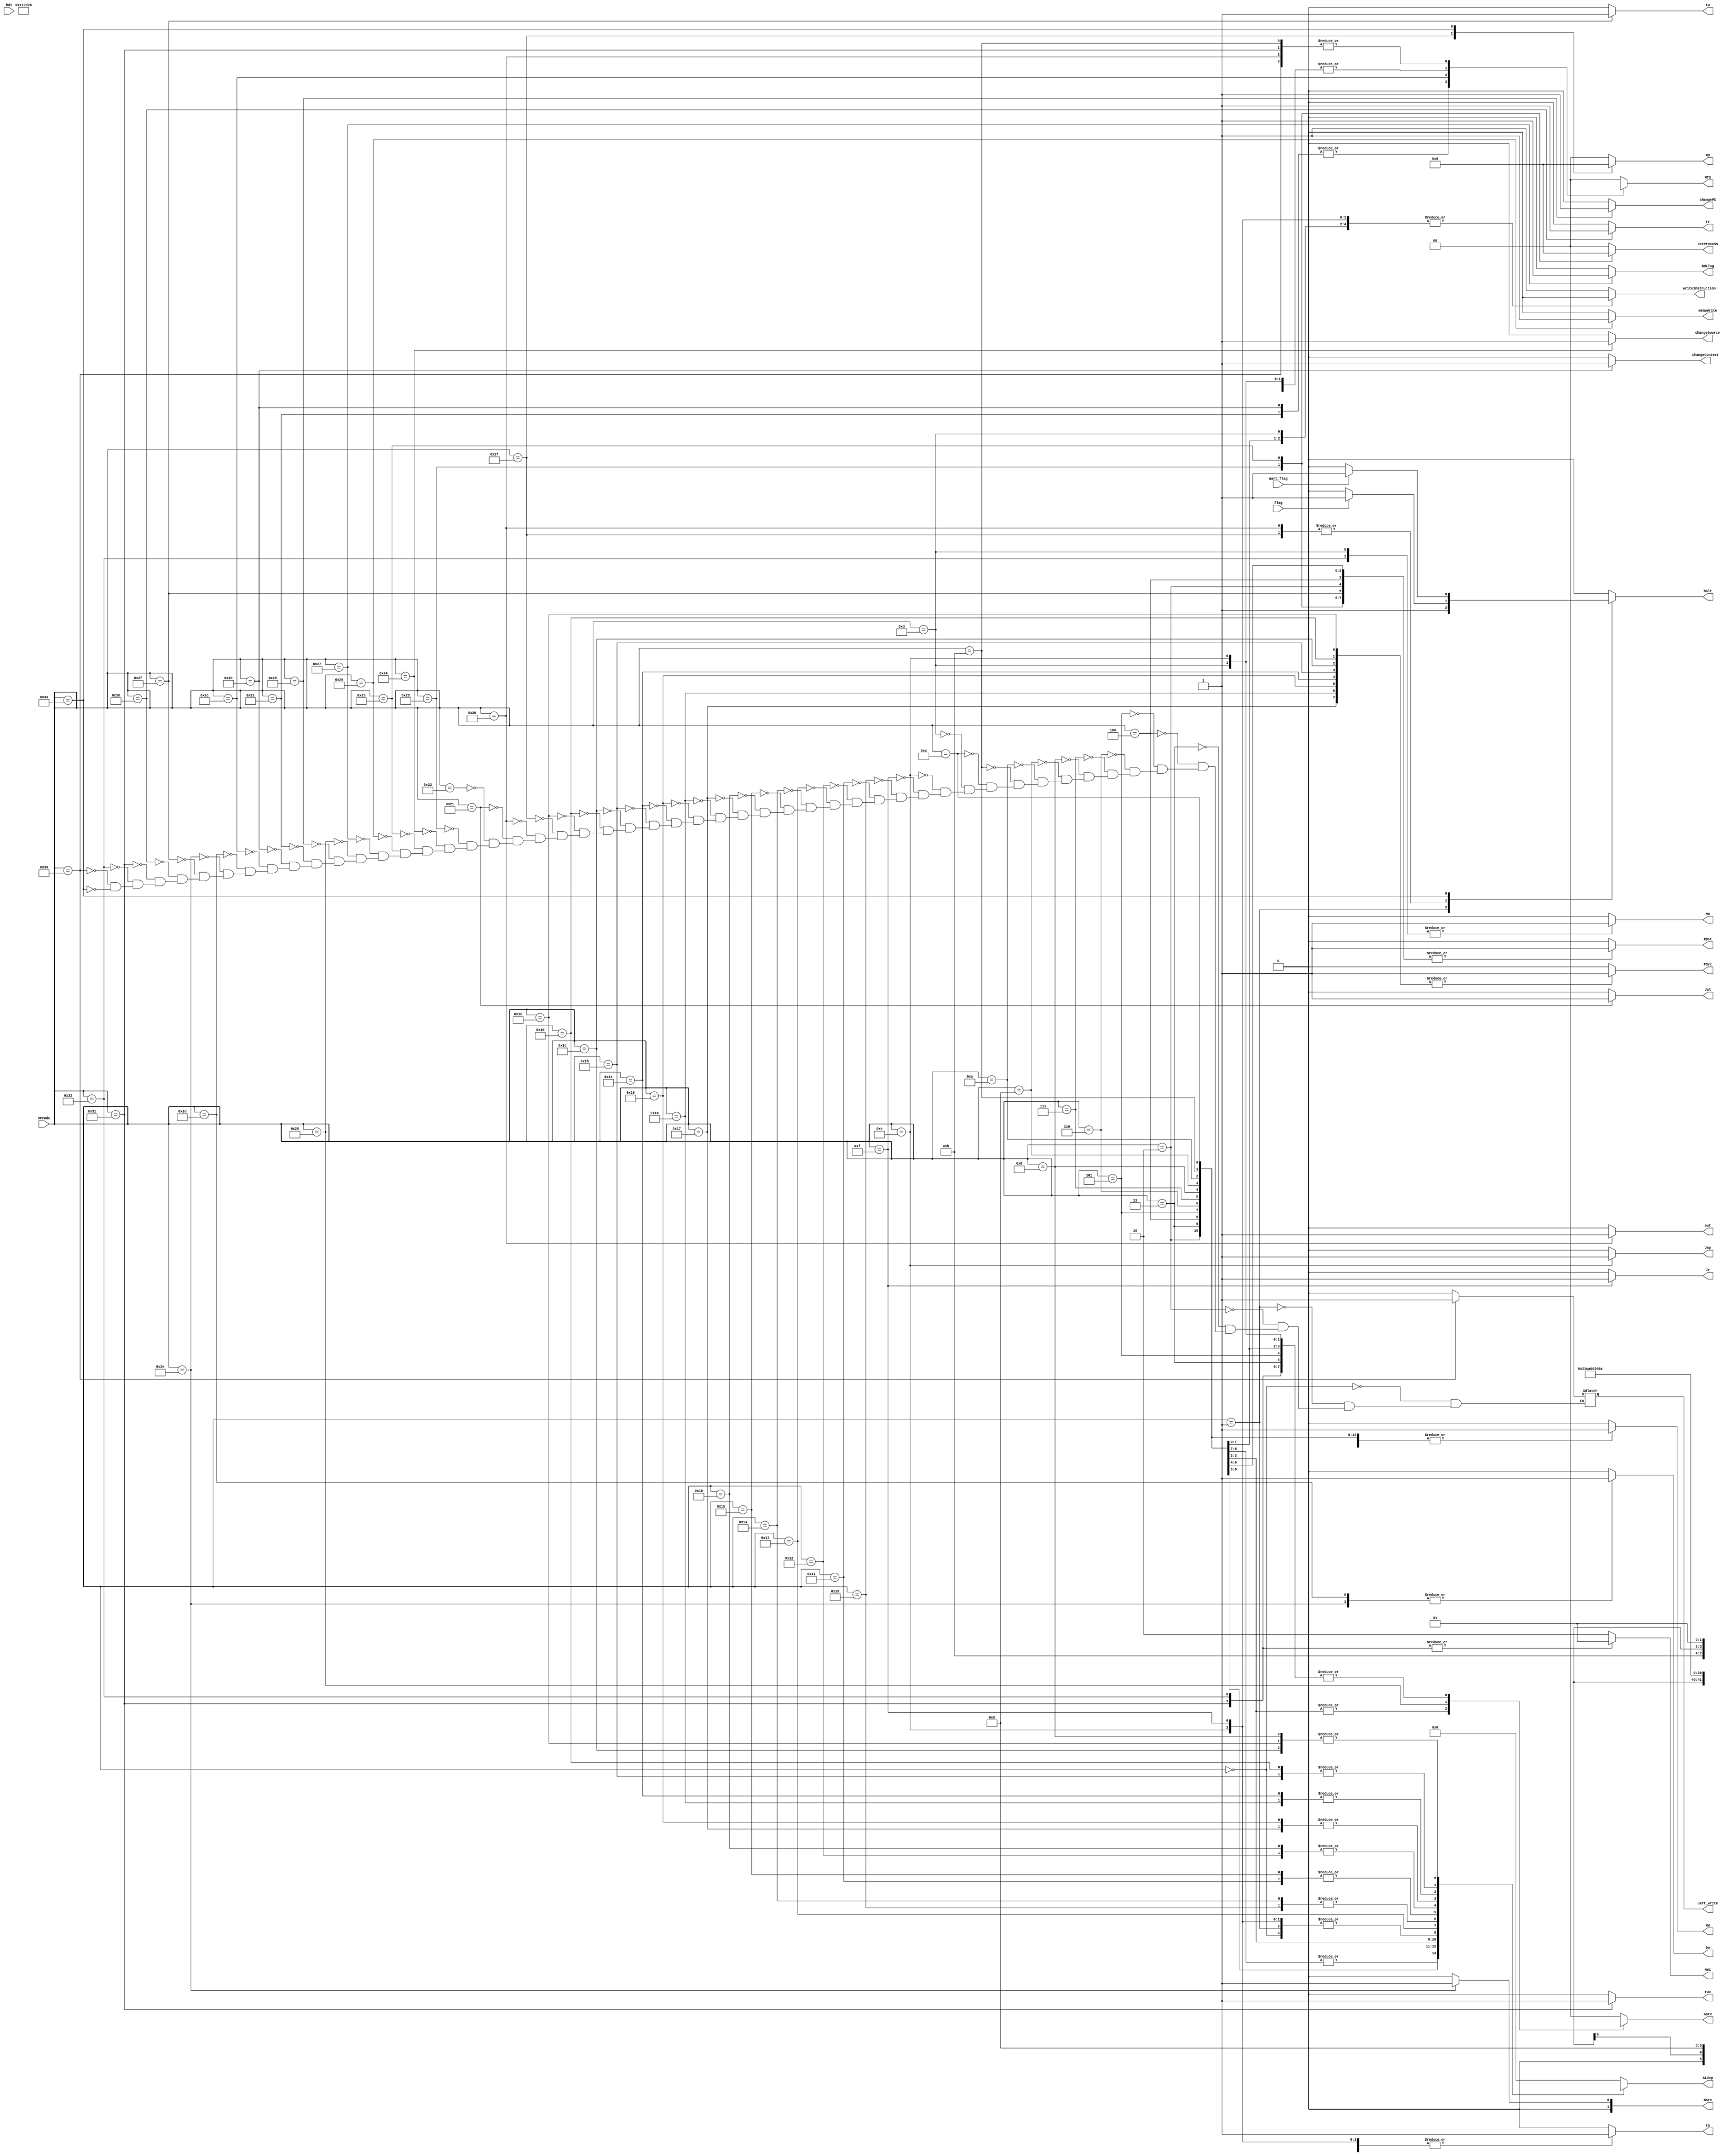
module ControladorHumano (OPcode, hdt, RW, MW, RDst, ASrc, MTG, PSrc, Jmp, Jr, ALUop, halt, flag, out, MO, Jal, hdFlag, writeInstruction, setProcess, menuWrite, changeSource, changePC, changeContext, bw, BSrc, tw, tr, tb, rwc, MWC, uart_flag, uart_write);

	input [5:0] OPcode;
	input flag, hdt, uart_flag;
	output reg RW, MW, RDst, PSrc, Jmp, Jr, halt, out, Jal, hdFlag, writeInstruction, menuWrite, changeSource, changePC, changeContext, bw, tw, tr, tb, rwc, uart_write;
	output reg [1:0] ASrc, MTG, setProcess, BSrc, MWC, MO;
	output reg [4:0] ALUop;
	
	always @(*)
		begin
			case (OPcode)
					6'b000000: // nop
						begin
							RW = 1'b0;
							MW = 1'b0;
							RDst = 1'b0;
							ASrc = 2'b00;
							MTG = 2'b00;
							PSrc = 1'b0;
							Jmp = 1'b0;
							Jr = 1'b0;
                     Jal = 1'b0;
							ALUop = 5'bxxxxx;
							out = 1'b0;
							MO = 2'b00;
							writeInstruction = 1'b0;
							halt = 1'b0;
							hdFlag = 1'b0;
							changeSource = 1'b0;
							setProcess = 2'b00;
							menuWrite = 1'b0;
							changePC = 1'b0;
							changeContext = 1'b0;
							bw = 1'b0;
							BSrc = 2'b00;
							tw = 1'b0;
							tr = 1'b0;
							tb = 1'b0;
							rwc = 1'b0;
							MWC = 2'b10;
							uart_write = 1'b0;
 						end 
					6'b000001: // halt
						begin
							RW = 1'b0;
							MW = 1'b0;
							RDst = 1'b0;
							ASrc = 2'b00;
							MTG = 2'b00;
							PSrc = 1'b0;
							Jmp = 1'b0;
							Jr = 1'b0;
                     Jal = 1'b0;
							ALUop = 5'bxxxxx;
							out = 1'b0;
							MO = 2'b00;
							writeInstruction = 1'b0;
							halt = 1'b0;
							hdFlag = 1'b0;
							halt = 1'b1;
							setProcess = 2'b00;
							changeSource = 1'b0;
							menuWrite = 1'b0;
							changePC = 1'b0;
							changeContext = 1'b0;
							bw = 1'b0; 
							BSrc = 2'b00;
							tw = 1'b0;
							tr = 1'b0;
							tb = 1'b0;
							rwc = 1'b0;
							MWC = 2'b10;
							uart_write = 1'b0;
 						end 
					6'b000010: // add
						begin
							RW = 1'b1;
							MW = 1'b0;
							RDst = 1'b1;
							ASrc = 2'b00;
							MTG = 2'b00;
							PSrc = 1'b0;
							Jmp = 1'b0;
							Jr = 1'b0;
                     Jal = 1'b0;
							ALUop = 5'b00000;
							out = 1'b0;
							MO = 2'b00;
							writeInstruction = 1'b0;
							halt = 1'b0;
							hdFlag = 1'b0;
							changeSource = 1'b0;
							setProcess = 2'b00;
							menuWrite = 1'b0;
							changePC = 1'b0;
							changeContext = 1'b0;
							bw = 1'b0; 
							BSrc = 2'b00;
							tw = 1'b0;
							tr = 1'b0;
							tb = 1'b0;
							rwc = 1'b0;
							MWC = 2'b10;
							uart_write = 1'b0;
 						end
					6'b000011: // addi
						begin
							RW = 1'b1;
							MW = 1'b0;
							RDst = 1'b0;
							ASrc = 2'b01;
							MTG = 2'b00;
							PSrc = 1'b0;
							Jmp = 1'b0;
							Jr = 1'b0;
                     Jal = 1'b0;
							ALUop = 5'b00000;
							out = 1'b0;
							MO = 2'b00;
							writeInstruction = 1'b0;
							halt = 1'b0;
							hdFlag = 1'b0;
							changeSource = 1'b0;
							setProcess = 2'b00;
							menuWrite = 1'b0;
							changePC = 1'b0;
							changeContext = 1'b0;
							bw = 1'b0; 
							BSrc = 2'b00;
							tw = 1'b0;
							tr = 1'b0;
							tb = 1'b0;
							rwc = 1'b0;
							MWC = 2'b10;
							uart_write = 1'b0;
 						end
					6'b000100: // sub
						begin
							RW = 1'b1;
							MW = 1'b0;
							RDst = 1'b1;
							ASrc = 2'b00;
							MTG = 2'b00;
							PSrc = 1'b0;
							Jmp = 1'b0;
							Jr = 1'b0;
                     Jal = 1'b0;
							ALUop = 5'b00001;
							out = 1'b0;
							MO = 2'b00;
							writeInstruction = 1'b0;
							halt = 1'b0;
							hdFlag = 1'b0;
							changeSource = 1'b0;
							setProcess = 2'b00;
							menuWrite = 1'b0;
							changePC = 1'b0;
							changeContext = 1'b0;
							bw = 1'b0; 
							BSrc = 2'b00;
							tw = 1'b0;
							tr = 1'b0;
							tb = 1'b0;
							rwc = 1'b0;
							MWC = 2'b10;
							uart_write = 1'b0;
 						end
					6'b000101: // subi
						begin
							RW = 1'b1;
							MW = 1'b0;
							RDst = 1'b0;
							ASrc = 2'b01;
							MTG = 2'b00;
							PSrc = 1'b0;
							Jmp = 1'b0;
							Jr = 1'b0;
                     Jal = 1'b0;
							ALUop = 5'b00001;
							out = 1'b0;
							MO = 2'b00;
							writeInstruction = 1'b0;
							halt = 1'b0;
							hdFlag = 1'b0;
							changeSource = 1'b0;
							setProcess = 2'b00;
							menuWrite = 1'b0;
							changePC = 1'b0;
							changeContext = 1'b0;
							bw = 1'b0; 
							BSrc = 2'b00;
							tw = 1'b0;
							tr = 1'b0;
							tb = 1'b0;
							rwc = 1'b0;
							MWC = 2'b10;
							uart_write = 1'b0;
 						end
					6'b000110: // mult
						begin
							RW = 1'b1;
							MW = 1'b0;
							RDst = 1'b1;
							ASrc = 2'b00;
							MTG = 2'b00;
							PSrc = 1'b0;
							Jmp = 1'b0;
							Jr = 1'b0;
                     Jal = 1'b0;
							ALUop = 5'b00010;
							out = 1'b0;
							MO = 2'b00;
							writeInstruction = 1'b0;
							halt = 1'b0;
							hdFlag = 1'b0;
							changeSource = 1'b0;
							setProcess = 2'b00;
							menuWrite = 1'b0;
							changePC = 1'b0;
							changeContext = 1'b0;
							bw = 1'b0; 
							BSrc = 2'b00;
							tw = 1'b0;
							tr = 1'b0;
							tb = 1'b0;
							rwc = 1'b0;
							MWC = 2'b10;
							uart_write = 1'b0;
 						end
					6'b000111: // div
						begin
							RW = 1'b1;
							MW = 1'b0;
							RDst = 1'b1;
							ASrc = 2'b00;
							MTG = 2'b00;
							PSrc = 1'b0;
							Jmp = 1'b0;
							Jr = 1'b0;
                     Jal = 1'b0;
							ALUop = 5'b00011;
							out = 1'b0;
							MO = 2'b00;
							writeInstruction = 1'b0;
							halt = 1'b0;
							hdFlag = 1'b0;
							setProcess = 2'b00;
							changeSource = 1'b0;
							menuWrite = 1'b0;
							changePC = 1'b0;
							changeContext = 1'b0;
							bw = 1'b0; 
							BSrc = 2'b00;
							tw = 1'b0;
							tr = 1'b0;
							tb = 1'b0;
							rwc = 1'b0;
							MWC = 2'b10;
							uart_write = 1'b0;
 						end
					6'b001000: // slt
						begin
							RW = 1'b1;
							MW = 1'b0;
							RDst = 1'b1;
							ASrc = 2'b00;
							MTG = 2'b00;
							PSrc = 1'b0;
							Jmp = 1'b0;
							Jr = 1'b0;
                     Jal = 1'b0;
							ALUop = 5'b01010;
							out = 1'b0;
							MO = 2'b00;
							writeInstruction = 1'b0;
							halt = 1'b0;
							hdFlag = 1'b0;
							setProcess = 2'b00;
							changeSource = 1'b0;
							menuWrite = 1'b0;
							changePC = 1'b0;
							changeContext = 1'b0;
							bw = 1'b0; 
							BSrc = 2'b00;
							tw = 1'b0;
							tr = 1'b0;
							tb = 1'b0;
							rwc = 1'b0;
							MWC = 2'b10;
							uart_write = 1'b0;
						end
					6'b001001: // shr
						begin
							RW = 1'b1;
							MW = 1'b0;
							RDst = 1'b0;
							ASrc = 1'bx;
							MTG = 2'b00;
							PSrc = 1'b0;
							Jmp = 1'b0;
							Jr = 1'b0;
                     Jal = 1'b0;
							ALUop = 5'b01001;
							out = 1'b0;
							MO = 2'b00;
							writeInstruction = 1'b0;
							halt = 1'b0;
							hdFlag = 1'b0;
							setProcess = 2'b00;
 							changeSource = 1'b0;
							menuWrite = 1'b0;
							changePC = 1'b0;
							changeContext = 1'b0;
							bw = 1'b0; 
							BSrc = 2'b00;
							tw = 1'b0;
							tr = 1'b0;
							tb = 1'b0;
							rwc = 1'b0;
							MWC = 2'b10;
							uart_write = 1'b0;
						end
					6'b001010: // shl
						begin
							RW = 1'b1;
							MW = 1'b0;
							RDst = 1'b0;
							ASrc = 1'bx;
							MTG = 2'b00;
							PSrc = 1'b0;
							Jmp = 1'b0;
							Jr = 1'b0;
                     Jal = 1'b0;
							ALUop = 5'b01000;
							out = 1'b0;
							MO = 2'b00;
							writeInstruction = 1'b0;
							halt = 1'b0;
							hdFlag = 1'b0;
							setProcess = 2'b00;
 							changeSource = 1'b0;
							menuWrite = 1'b0;
							changePC = 1'b0;
							changeContext = 1'b0;
							bw = 1'b0; 
							BSrc = 2'b00;
							tw = 1'b0;
							tr = 1'b0;
							tb = 1'b0;
							rwc = 1'b0;
							MWC = 2'b10;
							uart_write = 1'b0;
						end
					6'b001011: // lw
						begin
							RW = 1'b1;
							MW = 1'b0;
							RDst = 1'b0;
							ASrc = 2'b01;
							MTG = 2'b01;
							PSrc = 1'b0;
							Jmp = 1'b0;
							Jr = 1'b0;
                     Jal = 1'b0;
							ALUop = 5'b00000;
							out = 1'b0;
							MO = 2'b00;
							writeInstruction = 1'b0;
							halt = 1'b0;
							hdFlag = 1'b0;
							setProcess = 2'b00;
 							changeSource = 1'b0;
							menuWrite = 1'b0;
							changePC = 1'b0;
							changeContext = 1'b0;
							bw = 1'b0; 
							BSrc = 2'b00;
							tw = 1'b0;
							tr = 1'b0;
							tb = 1'b0;
							rwc = 1'b0;
							MWC = 2'b10;
							uart_write = 1'b0;
						end
					6'b001100: // li
						begin
							RW = 1'b1;
							MW = 1'b0;
							RDst = 1'b0;
							ASrc = 2'b01;
							MTG = 2'b00;
							PSrc = 1'b0;
							Jmp = 1'b0;
							Jr = 1'b0;
                     Jal = 1'b0;
							ALUop = 5'b00000;
							out = 1'b0;
							MO = 2'b00;
							writeInstruction = 1'b0;
							halt = 1'b0;
							hdFlag = 1'b0;
							setProcess = 2'b00;
 							changeSource = 1'b0;
							menuWrite = 1'b0;
							changePC = 1'b0;
							changeContext = 1'b0;
							bw = 1'b0; 
							BSrc = 2'b00;
							tw = 1'b0;
							tr = 1'b0;
							tb = 1'b0;
							rwc = 1'b0;
							MWC = 2'b10;
							uart_write = 1'b0;
						end
					6'b001101: // sw
						begin
							RW = 1'b0;
							MW = 1'b1;
							RDst = 1'b0;
							ASrc = 2'b01;
							MTG = 2'bxx;
							PSrc = 1'b0;
							Jmp = 1'b0;
							Jr = 1'b0;
                     Jal = 1'b0;
							ALUop = 5'b00000;
							out = 1'b0;
							MO = 2'b00;
							writeInstruction = 1'b0;
							halt = 1'b0;
							hdFlag = 1'b0;
							setProcess = 2'b00;
 							changeSource = 1'b0;
							menuWrite = 1'b0;
							changePC = 1'b0;
							changeContext = 1'b0;
							bw = 1'b0; 
							BSrc = 2'b00;
							tw = 1'b0;
							tr = 1'b0;
							tb = 1'b0;
							rwc = 1'b0;
							MWC = 2'b10;
							uart_write = 1'b0;
						end
					6'b001110: // jump
						begin
							RW = 1'b0;
							MW = 1'b0;
							RDst = 1'b0;
							ASrc = 2'b01;
							MTG = 2'bxx;
							PSrc = 1'b0;
							Jmp = 1'b1;
							Jr = 1'b0;
                     Jal = 1'b0;
							ALUop = 5'bxxxxx;
							out = 1'b0;
							MO = 2'b00;
							writeInstruction = 1'b0;
							halt = 1'b0;
							hdFlag = 1'b0;
							setProcess = 2'b00;
 							changeSource = 1'b0;
							menuWrite = 1'b0;
							changePC = 1'b0;
							changeContext = 1'b0;
							bw = 1'b0; 
							BSrc = 2'b00;
							tw = 1'b0;
							tr = 1'b0;
							tb = 1'b1;
							rwc = 1'b0;
							MWC = 2'b10;
							uart_write = 1'b0;
						end
					6'b001111: // jump register
						begin
							RW = 1'b0;
							MW = 1'b0;
							RDst = 1'b0;
							ASrc = 2'b00;
							MTG = 2'b00;
							PSrc = 1'b0;
							Jmp = 1'b0;
							Jr = 1'b1;
                     Jal = 1'b0;
							ALUop = 5'bxxxxx;
							out = 1'b0;
							MO = 2'b00;
							writeInstruction = 1'b0;
							halt = 1'b0;
							hdFlag = 1'b0;
							setProcess = 2'b00;
 							changeSource = 1'b0;
							menuWrite = 1'b0;
							changePC = 1'b0;
							changeContext = 1'b0;
							bw = 1'b0; 
							BSrc = 2'b00;
							tw = 1'b0;
							tr = 1'b0;
							tb = 1'b1;
							rwc = 1'b0;
							MWC = 2'b10;
							uart_write = 1'b0;
						end
					6'b010000: // xor
						begin
							RW = 1'b1;
							MW = 1'b0;
							RDst = 1'b1;
							ASrc = 2'b00;
							MTG = 2'b00;
							PSrc = 1'b0;
							Jmp = 1'b0;
							Jr = 1'b0;
                     Jal = 1'b0;
							ALUop = 5'b00111;
							out = 1'b0;
							MO = 2'b00;
							writeInstruction = 1'b0;
							halt = 1'b0;
							hdFlag = 1'b0;
							setProcess = 2'b00;
 							changeSource = 1'b0;
							menuWrite = 1'b0;
							changePC = 1'b0;
							changeContext = 1'b0;
							bw = 1'b0; 
							BSrc = 2'b00;
							tw = 1'b0;
							tr = 1'b0;
							tb = 1'b0;
							rwc = 1'b0;
							MWC = 2'b10;
							uart_write = 1'b0;
						end
					6'b010001: // and
						begin
							RW = 1'b1;
							MW = 1'b0;
							RDst = 1'b1;
							ASrc = 2'b00;
							MTG = 2'b00;
							PSrc = 1'b0;
							Jmp = 1'b0;
							Jr = 1'b0;
                     Jal = 1'b0;
							ALUop = 5'b00101;
							out = 1'b0;
							MO = 2'b00;
							writeInstruction = 1'b0;
							halt = 1'b0;
							hdFlag = 1'b0;
							setProcess = 2'b00;
 							changeSource = 1'b0;
							menuWrite = 1'b0;
							changePC = 1'b0;
							changeContext = 1'b0;
							bw = 1'b0; 
							BSrc = 2'b00;
							tw = 1'b0;
							tr = 1'b0;
							tb = 1'b0;
							rwc = 1'b0;
							MWC = 2'b10;
							uart_write = 1'b0;
						end
					6'b010010: // or
						begin
							RW = 1'b1;
							MW = 1'b0;
							RDst = 1'b1;
							ASrc = 2'b00;
							MTG = 2'b00;
							PSrc = 1'b0;
							Jmp = 1'b0;
							Jr = 1'b0;
                     Jal = 1'b0;
							ALUop = 5'b00110;
							out = 1'b0;
							MO = 2'b00;
							writeInstruction = 1'b0;
							halt = 1'b0;
							hdFlag = 1'b0;
							setProcess = 2'b00;
 							changeSource = 1'b0; 
							menuWrite = 1'b0;
							changePC = 1'b0;
							changeContext = 1'b0;
							bw = 1'b0; 
							BSrc = 2'b00;
							tw = 1'b0;
							tr = 1'b0;
							tb = 1'b0;
							rwc = 1'b0;
							MWC = 2'b10;
							uart_write = 1'b0;
						end
					6'b010011: // not
						begin
							RW = 1'b1;
							MW = 1'b0;
							RDst = 1'b0;
							ASrc = 2'b00;
							MTG = 2'b00;
							PSrc = 1'b0;
							Jmp = 1'b0;
							Jr = 1'b0;
                     Jal = 1'b0;
							ALUop = 5'b00100;
							out = 1'b0;
							MO = 2'b00;
							writeInstruction = 1'b0;
							halt = 1'b0;
							hdFlag = 1'b0;
							setProcess = 2'b00;
 							changeSource = 1'b0;
							menuWrite = 1'b0;
							changePC = 1'b0;
							changeContext = 1'b0;
							bw = 1'b0; 
							BSrc = 2'b00;
							tw = 1'b0;
							tr = 1'b0;
							tb = 1'b0;
							rwc = 1'b0;
							MWC = 2'b10;
							uart_write = 1'b0;
						end
					6'b010100: // xori
						begin
							RW = 1'b1;
							MW = 1'b0;
							RDst = 1'b0;
							ASrc = 2'b01;
							MTG = 2'b00;
							PSrc = 1'b0;
							Jmp = 1'b0;
							Jr = 1'b0;
                     Jal = 1'b0;
							ALUop = 5'b00111;
							out = 1'b0;
							MO = 2'b00;
							writeInstruction = 1'b0;
							halt = 1'b0;
							hdFlag = 1'b0;
							setProcess = 2'b00;
 							changeSource = 1'b0;
							menuWrite = 1'b0;
							changePC = 1'b0;
							changeContext = 1'b0;
							bw = 1'b0; 
							BSrc = 2'b00;
							tw = 1'b0;
							tr = 1'b0;
							tb = 1'b0;
							rwc = 1'b0;
							MWC = 2'b10;
							uart_write = 1'b0;
						end
					6'b010101: // andi
						begin
							RW = 1'b1;
							MW = 1'b0;
							RDst = 1'b0;
							ASrc = 2'b01;
							MTG = 2'b00;
							PSrc = 1'b0;
							Jmp = 1'b0;
							Jr = 1'b0;
                     Jal = 1'b0;
							ALUop = 5'b00101;
							out = 1'b0;
							MO = 2'b00;
							writeInstruction = 1'b0;
							halt = 1'b0;
							hdFlag = 1'b0;
							setProcess = 2'b00;
 							changeSource = 1'b0;
							menuWrite = 1'b0;
							changePC = 1'b0;
							changeContext = 1'b0;
							bw = 1'b0; 
							BSrc = 2'b00;
							tw = 1'b0;
							tr = 1'b0;
							tb = 1'b0;
							rwc = 1'b0;
							MWC = 2'b10;
							uart_write = 1'b0;
						end
					6'b010110: // ori
						begin
							RW = 1'b1;
							MW = 1'b0;
							RDst = 1'b0;
							ASrc = 2'b01;
							MTG = 2'b00;
							PSrc = 1'b0;
							Jmp = 1'b0;
							Jr = 1'b0;
                     Jal = 1'b0;
							ALUop = 5'b00110;
							out = 1'b0;
							MO = 2'b00;
							writeInstruction = 1'b0;
							halt = 1'b0;
							hdFlag = 1'b0;
							setProcess = 2'b00;
 							changeSource = 1'b0;
							menuWrite = 1'b0;
							changePC = 1'b0;
							changeContext = 1'b0;
							bw = 1'b0; 
							BSrc = 2'b00;
							tw = 1'b0;
							tr = 1'b0;
							tb = 1'b0;
							rwc = 1'b0;
							MWC = 2'b10;
							uart_write = 1'b0;
						end
					6'b010111: // beq
						begin
							RW = 1'b0;
							MW = 1'b0;
							RDst = 1'b0;
							ASrc = 2'b00;
							MTG = 2'b00;
							PSrc = 1'b1;
							Jmp = 1'b0;
							Jr = 1'b0;
                     Jal = 1'b0;
							ALUop = 5'b01100;
							out = 1'b0;
							MO = 2'b00;
							writeInstruction = 1'b0;
							halt = 1'b0;
							hdFlag = 1'b0;
							setProcess = 2'b00;
 							changeSource = 1'b0;
							menuWrite = 1'b0;
							changePC = 1'b0;
							changeContext = 1'b0;
							bw = 1'b0; 
							BSrc = 2'b00;
							tw = 1'b0;
							tr = 1'b0;
							tb = 1'b1;
							rwc = 1'b0;
							MWC = 2'b10;
							uart_write = 1'b0;
						end
					6'b011000: // bneq
						begin
							RW = 1'b0;
							MW = 1'b0;
							RDst = 1'b0;
							ASrc = 2'b00;
							MTG = 2'b00;
							PSrc = 1'b1;
							Jmp = 1'b0;
							Jr = 1'b0;
                     Jal = 1'b0;
							ALUop = 5'b01111;
							out = 1'b0;
							MO = 2'b00;
							writeInstruction = 1'b0;
							halt = 1'b0;
							hdFlag = 1'b0;
							setProcess = 2'b00;
 							changeSource = 1'b0;
							menuWrite = 1'b0;
							changePC = 1'b0;
							changeContext = 1'b0;
							bw = 1'b0; 
							BSrc = 2'b00;
							tw = 1'b0;
							tr = 1'b0;
							tb = 1'b1;
							rwc = 1'b0;
							MWC = 2'b10;
							uart_write = 1'b0;
						end
					6'b011001: // beqz
						begin
							RW = 1'b0;
							MW = 1'b0;
							RDst = 1'b0;
							ASrc = 2'b00;
							MTG = 2'b00;
							PSrc = 1'b1;
							Jmp = 1'b0;
							Jr = 1'b0;
                     Jal = 1'b0;
							ALUop = 5'b01100;
							out = 1'b0;
							MO = 2'b00;
							writeInstruction = 1'b0;
							halt = 1'b0;
							hdFlag = 1'b0;
							setProcess = 2'b00;
 							changeSource = 1'b0;
							menuWrite = 1'b0;
							changePC = 1'b0;
							changeContext = 1'b0;
							bw = 1'b0; 
							BSrc = 2'b00;
							tw = 1'b0;
							tr = 1'b0;
							tb = 1'b1;
							rwc = 1'b0;
							MWC = 2'b10;
							uart_write = 1'b0;
						end
					6'b011010: // bneqz
						begin
							RW = 1'b0;
							MW = 1'b0;
							RDst = 1'b0;
							ASrc = 2'b00;
							MTG = 2'b00;
							PSrc = 1'b1;
							Jmp = 1'b0;
							Jr = 1'b0;
                     Jal = 1'b0;
							ALUop = 5'b01111;
							out = 1'b0;
							MO = 2'b00;
							writeInstruction = 1'b0;
							halt = 1'b0;
							hdFlag = 1'b0;
							setProcess = 2'b00;
 							changeSource = 1'b0;
							menuWrite = 1'b0;
							changePC = 1'b0;
							changeContext = 1'b0;
							bw = 1'b0; 
							BSrc = 2'b00;
							tw = 1'b0;
							tr = 1'b0;
							tb = 1'b1;
							rwc = 1'b0;
							MWC = 2'b10;
							uart_write = 1'b0;
						end
					6'b011011: // bgt
						begin
							RW = 1'b0;
							MW = 1'b0;
							RDst = 1'b0;
							ASrc = 2'b00;
							MTG = 2'b00;
							PSrc = 1'b1;
							Jmp = 1'b0;
							Jr = 1'b0;
                     Jal = 1'b0;
							ALUop = 5'b01011;
							out = 1'b0;
							MO = 2'b00;
							writeInstruction = 1'b0;
							halt = 1'b0;
							hdFlag = 1'b0;
							setProcess = 2'b00;
 							changeSource = 1'b0;
							menuWrite = 1'b0;
							changePC = 1'b0;
							changeContext = 1'b0;
							bw = 1'b0; 
							BSrc = 2'b00;
							tw = 1'b0;
							tr = 1'b0;
							tb = 1'b1;
							rwc = 1'b0;
							MWC = 2'b10;
							uart_write = 1'b0;
						end
					6'b011100: // blt
						begin
							RW = 1'b0;
							MW = 1'b0;
							RDst = 1'b0;
							ASrc = 2'b00;
							MTG = 2'b00;
							PSrc = 1'b1;
							Jmp = 1'b0;
							Jr = 1'b0;
                     Jal = 1'b0;
							ALUop = 5'b01010;
							out = 1'b0;
							MO = 2'b00;
							writeInstruction = 1'b0;
							halt = 1'b0;
							hdFlag = 1'b0;
							setProcess = 2'b00;
 							changeSource = 1'b0;
							menuWrite = 1'b0;
							changePC = 1'b0;
							changeContext = 1'b0;
							bw = 1'b0; 
							BSrc = 2'b00;
							tw = 1'b0;
							tr = 1'b0;
							tb = 1'b1;
							rwc = 1'b0;
							MWC = 2'b10;
							uart_write = 1'b0;
						end
					6'b011101: // bgtz
						begin
							RW = 1'b0;
							MW = 1'b0;
							RDst = 1'b0;
							ASrc = 2'b00;
							MTG = 2'b00;
							PSrc = 1'b1;
							Jmp = 1'b0;
							Jr = 1'b0;
                     Jal = 1'b0;
							ALUop = 5'b01011;
							out = 1'b0;
							MO = 2'b00;
							writeInstruction = 1'b0;
							halt = 1'b0;
							hdFlag = 1'b0;
							setProcess = 2'b00;
 							changeSource = 1'b0;
							menuWrite = 1'b0;
							changePC = 1'b0;
							changeContext = 1'b0;
							bw = 1'b0; 
							BSrc = 2'b00;
							tw = 1'b0;
							tr = 1'b0;
							tb = 1'b1;
							rwc = 1'b0;
							MWC = 2'b10;
							uart_write = 1'b0;
						end
					6'b011110: // bltz
						begin
							RW = 1'b0;
							MW = 1'b0;
							RDst = 1'b0;
							ASrc = 2'b00;
							MTG = 2'b00;
							PSrc = 1'b1;
							Jmp = 1'b0;
							Jr = 1'b0;
                     Jal = 1'b0;
							ALUop = 5'b01010;
							out = 1'b0;
							MO = 2'b00;
							writeInstruction = 1'b0;
							halt = 1'b0;
							hdFlag = 1'b0;
							setProcess = 2'b00;
 							changeSource = 1'b0;
							menuWrite = 1'b0;
							changePC = 1'b0;
							changeContext = 1'b0;
							bw = 1'b0; 
							BSrc = 2'b00;
							tw = 1'b0;
							tr = 1'b0;
							tb = 1'b1;
							rwc = 1'b0;
							MWC = 2'b10;
							uart_write = 1'b0;
						end
					6'b011111: // in
						begin
							RW = 1'b1;
							MW = 1'b0;
							RDst = 1'b0;
							ASrc = 2'b01;
							MTG = 2'b00;
							PSrc = 1'b0;
							Jmp = 1'b0;
							Jr = 1'b0;
                     Jal = 1'b0;
							ALUop = 5'b00000;
							out = 1'b0;
							MO = 2'b01;
							writeInstruction = 1'b0;
							hdFlag = 1'b0;
							setProcess = 2'b00;
							changeSource = 1'b0;
 							if (flag)
								halt = 1'b1;
							else
								halt = 1'b0;
							menuWrite = 1'b0;
							changePC = 1'b0;
							changeContext = 1'b0;
							bw = 1'b0; 
							BSrc = 2'b00;
							tw = 1'b0;
							tr = 1'b0;
							tb = 1'b0;
							rwc = 1'b0;
							MWC = 2'b10;
							uart_write = 1'b0;
						end
					6'b100000: //out
						begin
							RW = 1'b0;
							MW = 1'b0;
							RDst = 1'b0;
							ASrc = 2'b01;
							MTG = 2'b01;
							PSrc = 1'b0;
							Jmp = 1'b0;
							Jr = 1'b0;
                     Jal = 1'b0;
							ALUop = 5'b00000;
							out = 1'b1;
							MO = 2'b00;	
							writeInstruction = 1'b0;
							hdFlag = 1'b0;
							setProcess = 2'b00;
							changeSource = 1'b0;
 							if (flag)
								halt = 1'b1;
							else
								halt = 1'b0;
							menuWrite = 1'b0;
							changePC = 1'b0;
							changeContext = 1'b0;
							bw = 1'b0; 
							BSrc = 2'b00;
							tw = 1'b0;
							tr = 1'b0;
							tb = 1'b0;
							rwc = 1'b0;
							MWC = 2'b10;
							uart_write = 1'b0;
						end
                6'b100001: //jal
						begin
							RW = 1'b1;
							MW = 1'b0;
							RDst = 1'b0;
							ASrc = 2'b00;
							MTG = 2'b00;
							PSrc = 1'b0;
							Jmp = 1'b0;
							Jr = 1'b0;
                     Jal = 1'b1;
							ALUop = 5'b00000;
							out = 1'b0;
							MO = 2'b00;	
							writeInstruction = 1'b0;
							halt = 1'b0;
							hdFlag = 1'b0;
							setProcess = 2'b00;
							changeSource = 1'b0;
							menuWrite = 1'b0;
							changePC = 1'b0;
							changeContext = 1'b0;
							bw = 1'b0; 
							BSrc = 2'b00;
							tw = 1'b0;
							tr = 1'b0;
							tb = 1'b1;
							rwc = 1'b0;
							MWC = 2'b10;
							uart_write = 1'b0;
						end
					6'b100010: //cpyHDToInstr
						begin
							RW = 1'b0;
							MW = 1'b0;
							RDst = 1'b0;
							ASrc = 2'b00;
							MTG = 2'b00;
							PSrc = 1'b0;
							Jmp = 1'b0;
							Jr = 1'b0;
                     Jal = 1'b0;
							ALUop = 5'b00000;
							out = 1'b0;
							MO = 2'b00;
							writeInstruction = 1'b1;
							hdFlag = 1'b0;	
							halt = 1'b0;
							setProcess = 2'b00;
							changeSource = 1'b0;				
							menuWrite = 1'b0;
							changePC = 1'b0;
							changeContext = 1'b0;
							bw = 1'b0; 
							BSrc = 2'b00;
							tw = 1'b0;
							tr = 1'b0;
							tb = 1'b0;
							rwc = 1'b0;
							MWC = 2'b10;
							uart_write = 1'b0;
						end
					6'b100011: //srprc
						begin
							RW = 1'b0;
							MW = 1'b0;
							RDst = 1'b1;
							ASrc = 2'b00;
							MTG = 2'b00;
							PSrc = 1'b0;
							Jmp = 1'b0;
							Jr = 1'b0;
                     Jal = 1'b0;
							ALUop = 5'b00000;
							out = 1'b0;
							MO = 2'b00;
							writeInstruction = 1'b0;
							halt = 1'b0;
							hdFlag = 1'b0;
							setProcess = 2'b01;
							changeSource = 1'b0;
							menuWrite = 1'b0;
							changePC = 1'b0;
							changeContext = 1'b0;
							bw = 1'b0; 
							BSrc = 2'b00;
							tw = 1'b0;
							tr = 1'b0;
							tb = 1'b0;
							rwc = 1'b0;
							MWC = 2'b10;
							uart_write = 1'b0;
						end
					6'b100100: //src
						begin
							RW = 1'b0;
							MW = 1'b0;
							RDst = 1'b0;
							ASrc = 2'b00;
							MTG = 2'b00;
							PSrc = 1'b0;
							Jmp = 1'b0;
							Jr = 1'b0;
                     Jal = 1'b0;
							ALUop = 5'b00000;
							out = 1'b0;
							MO = 2'b00;
							writeInstruction = 1'b0;
							halt = 1'b0;
							hdFlag = 1'b0;
							setProcess = 2'b00;
							changeSource = 1'b1;
							menuWrite = 1'b0;
							changePC = 1'b0;
							changeContext = 1'b0;
							bw = 1'b0; 
							BSrc = 2'b00;
							tw = 1'b0;
							tr = 1'b0;
							tb = 1'b0;
							rwc = 1'b0;
							MWC = 2'b10;
							uart_write = 1'b0;
						end
					6'b100101: //swprc
						begin
							RW = 1'b0;
							MW = 1'b0;
							RDst = 1'b1;
							ASrc = 2'b00;
							MTG = 2'b00;
							PSrc = 1'b0;
							Jmp = 1'b0;
							Jr = 1'b0;
                     Jal = 1'b0;
							ALUop = 5'b00000;
							out = 1'b0;
							MO = 2'b00;
							writeInstruction = 1'b0;
							halt = 1'b0;
							hdFlag = 1'b0;
							setProcess = 2'b10;
							changeSource = 1'b0;
							menuWrite = 1'b0;
							changePC = 1'b0;
							changeContext = 1'b0;
							bw = 1'b0; 
							BSrc = 2'b00;
							tw = 1'b0;
							tr = 1'b0;
							tb = 1'b0;
							rwc = 1'b0;
							MWC = 2'b10;
							uart_write = 1'b0;
						end
					6'b100110: //smenu
						begin
							RW = 1'b0;
							MW = 1'b0;
							RDst = 1'b0;
							ASrc = 2'b00;
							MTG = 2'b00;
							PSrc = 1'b0;
							Jmp = 1'b0;
							Jr = 1'b0;
                     Jal = 1'b0;
							ALUop = 5'b00000;
							out = 1'b0;
							MO = 2'b00;
							writeInstruction = 1'b0;
							halt = 1'b0;
							hdFlag = 1'b0;
							setProcess = 2'b00;
							changeSource = 1'b0;
							menuWrite = 1'b1;
							changePC = 1'b0;
							changeContext = 1'b0;
							bw = 1'b0; 
							BSrc = 2'b00;
							tw = 1'b0;
							tr = 1'b0;
							tb = 1'b0;
							rwc = 1'b0;
							MWC = 2'b10;
							uart_write = 1'b0;
						end
					6'b100111: //memhd
						begin
							RW = 1'b0;
							MW = 1'b0;
							RDst = 1'b0;
							ASrc = 2'b00;
							MTG = 2'b00;
							PSrc = 1'b0;
							Jmp = 1'b0;
							Jr = 1'b0;
                     Jal = 1'b0;
							ALUop = 5'b00000;
							out = 1'b0;
							MO = 2'b00;
							writeInstruction = 1'b0;
							halt = 1'b0;
							hdFlag = 1'b1;
							setProcess = 2'b00;
							changeSource = 1'b0;
							menuWrite = 1'b0;
							changePC = 1'b0;
							changeContext = 1'b0;
							bw = 1'b0; 
							BSrc = 2'b00;
							tw = 1'b0;
							tr = 1'b0;
							tb = 1'b0;
							rwc = 1'b0;
							MWC = 2'b10;
							uart_write = 1'b0;
						end
					6'b101000: //loadpc
						begin
							RW = 1'b1;
							MW = 1'b0;
							RDst = 1'b0;
							ASrc = 2'b10;
							MTG = 2'b00;
							PSrc = 1'b0;
							Jmp = 1'b0;
							Jr = 1'b0;
                     Jal = 1'b0;
							ALUop = 5'b00000;
							out = 1'b0;
							MO = 2'b00;
							writeInstruction = 1'b0;
							halt = 1'b0;
							hdFlag = 1'b0;
							setProcess = 2'b00;
							changeSource = 1'b0;
							menuWrite = 1'b0;
							changePC = 1'b0;
							changeContext = 1'b0;
							bw = 1'b0; 
							BSrc = 2'b00;
							tw = 1'b0;
							tr = 1'b0;
							tb = 1'b0;
							rwc = 1'b0;
							MWC = 2'b10;
							uart_write = 1'b0;
						end
						6'b101001: //changepc
						begin
							RW = 1'b0;
							MW = 1'b0;
							RDst = 1'b0;
							ASrc = 2'b00;
							MTG = 2'b00;
							PSrc = 1'b0;
							Jmp = 1'b0;
							Jr = 1'b0;
                     Jal = 1'b0;
							ALUop = 5'b00000;
							out = 1'b0;
							MO = 2'b00;
							writeInstruction = 1'b0;
							halt = 1'b0;
							hdFlag = 1'b0;
							setProcess = 2'b00;
							changeSource = 1'b0;
							menuWrite = 1'b0;
							changePC = 1'b1;
							changeContext = 1'b0;
							bw = 1'b0;
							BSrc = 2'b00;
							tw = 1'b0;
							tr = 1'b0;
							tb = 1'b0;
							rwc = 1'b0;
							MWC = 2'b10;
							uart_write = 1'b0;
						end
						6'b101010: //lint
						begin
							RW = 1'b1;
							MW = 1'b0;
							RDst = 1'b1;
							ASrc = 2'b01;
							MTG = 2'b10;
							PSrc = 1'b0;
							Jmp = 1'b0;
							Jr = 1'b0;
                     Jal = 1'b0;
							ALUop = 5'b00000;
							out = 1'b0;
							MO = 2'b00;
							writeInstruction = 1'b0;
							halt = 1'b0;
							hdFlag = 1'b0;
							setProcess = 2'b00;
							changeSource = 1'b0;
							menuWrite = 1'b0;
							changePC = 1'b0;
							changeContext = 1'b0;
							bw = 1'b0; 
							BSrc = 2'b00;
							tw = 1'b0;
							tr = 1'b0;
							tb = 1'b0;
							rwc = 1'b0;
							MWC = 2'b10;
							uart_write = 1'b0;
						end
						6'b101011: //ctx
						begin
							RW = 1'b0;
							MW = 1'b0;
							RDst = 1'b0;
							ASrc = 2'b00;
							MTG = 2'b10;
							PSrc = 1'b0;
							Jmp = 1'b0;
							Jr = 1'b0;
                     Jal = 1'b0;
							ALUop = 5'b00000;
							out = 1'b0;
							MO = 2'b00;
							writeInstruction = 1'b0;
							halt = 1'b0;
							hdFlag = 1'b0;
							setProcess = 2'b00;
							changeSource = 1'b0;
							menuWrite = 1'b0;
							changePC = 1'b0;
							changeContext = 1'b1;
							bw = 1'b0; 
							BSrc = 2'b00;
							tw = 1'b0;
							tr = 1'b0;
							tb = 1'b1;
							rwc = 1'b0;
							MWC = 2'b10;
							uart_write = 1'b0;
						end
						6'b101100: //ltb
						begin
							RW = 1'b1;
							MW = 1'b0;
							RDst = 1'b0;
							ASrc = 2'b01;
							MTG = 2'b11;
							PSrc = 1'b0;
							Jmp = 1'b0;
							Jr = 1'b0;
                     Jal = 1'b0;
							ALUop = 5'b00000;
							out = 1'b0;
							MO = 2'b00;
							writeInstruction = 1'b0;
							halt = 1'b0;
							hdFlag = 1'b0;
							setProcess = 2'b00;
 							changeSource = 1'b0;
							menuWrite = 1'b0;
							changePC = 1'b0;
							changeContext = 1'b0;
							bw = 1'b0; 
							BSrc = 2'b00;
							tw = 1'b0;
							tr = 1'b0;
							tb = 1'b1;
							rwc = 1'b0;
							MWC = 2'b10;
							uart_write = 1'b0;
						end
						6'b101101: //stb
						begin
							RW = 1'b0;
							MW = 1'b0;
							RDst = 1'b0;
							ASrc = 2'b00;
							MTG = 2'bxx;
							PSrc = 1'b0;
							Jmp = 1'b0;
							Jr = 1'b0;
                     Jal = 1'b0;
							ALUop = 5'b00000;
							out = 1'b0;
							MO = 2'b00;
							writeInstruction = 1'b0;
							halt = 1'b0;
							hdFlag = 1'b0;
							setProcess = 2'b00;
 							changeSource = 1'b0;
							menuWrite = 1'b0;
							changePC = 1'b0;
							changeContext = 1'b0;
							bw = 1'b1;
							BSrc = 2'b00;
							tw = 1'b0;
							tr = 1'b0;
							tb = 1'b1;
							rwc = 1'b0;
							MWC = 2'b10;
							uart_write = 1'b0;
						end
						6'b101110: //hdmem
						begin
							RW = 1'b0;
							MW = 1'b0;
							RDst = 1'b0;
							ASrc = 2'b00;
							MTG = 2'bxx;
							PSrc = 1'b0;
							Jmp = 1'b0;
							Jr = 1'b0;
                     Jal = 1'b0;
							ALUop = 5'b00000;
							out = 1'b0;
							MO = 2'b00;
							writeInstruction = 1'b0;
							halt = 1'b0;
							hdFlag = 1'b0;
							setProcess = 2'b00;
 							changeSource = 1'b0;
							menuWrite = 1'b0;
							changePC = 1'b0;
							changeContext = 1'b0;
							bw = 1'b1;
							BSrc = 2'b01;
							tw = 1'b0;
							tr = 1'b0;
							tb = 1'b0;
							rwc = 1'b0;
							MWC = 2'b10;
							uart_write = 1'b0;
						end
						6'b101111: //stm
						begin
							RW = 1'b0;
							MW = 1'b0;
							RDst = 1'b1;
							ASrc = 2'b00;
							MTG = 2'b00;
							PSrc = 1'b0;
							Jmp = 1'b0;
							Jr = 1'b0;
                     Jal = 1'b0;
							ALUop = 5'b00000;
							out = 1'b0;
							MO = 2'b00;
							writeInstruction = 1'b0;
							halt = 1'b0;
							hdFlag = 1'b0;
							setProcess = 2'b00;
							changeSource = 1'b0;
							menuWrite = 1'b0;
							changePC = 1'b0;
							changeContext = 1'b0;
							bw = 1'b0; 
							BSrc = 2'b00;
							tw = 1'b1;
							tr = 1'b0;
							tb = 1'b0;
							rwc = 1'b0;
							MWC = 2'b10;
							uart_write = 1'b0;
						end
						6'b110000: //rtm
						begin
							RW = 1'b0;
							MW = 1'b0;
							RDst = 1'b0;
							ASrc = 2'b00;
							MTG = 2'b00;
							PSrc = 1'b0;
							Jmp = 1'b0;
							Jr = 1'b0;
                     Jal = 1'b0;
							ALUop = 5'b00000;
							out = 1'b0;
							MO = 2'b00;
							writeInstruction = 1'b0;
							halt = 1'b0;
							hdFlag = 1'b0;
							setProcess = 2'b00;
							changeSource = 1'b0;
							menuWrite = 1'b0;
							changePC = 1'b0;
							changeContext = 1'b0;
							bw = 1'b0; 
							BSrc = 2'b00;
							tw = 1'b0;
							tr = 1'b1;
							tb = 1'b0;
							rwc = 1'b0;
							MWC = 2'b10;
							uart_write = 1'b0;
						end
						6'b110001: // lwc
						begin
							RW = 1'b1;
							MW = 1'b0;
							RDst = 1'b0;
							ASrc = 2'b01;
							MTG = 2'b01;
							PSrc = 1'b0;
							Jmp = 1'b0;
							Jr = 1'b0;
                     Jal = 1'b0;
							ALUop = 5'b00000;
							out = 1'b0;
							MO = 2'b00;
							writeInstruction = 1'b0;
							halt = 1'b0;
							hdFlag = 1'b0;
							setProcess = 2'b00;
 							changeSource = 1'b0;
							menuWrite = 1'b0;
							changePC = 1'b0;
							changeContext = 1'b0;
							bw = 1'b0; 
							BSrc = 2'b00;
							tw = 1'b0;
							tr = 1'b0;
							tb = 1'b0;
							rwc = 1'b1;
							MWC = 2'b01;
							uart_write = 1'b0;
						end
						6'b110010: // swc
						begin
							RW = 1'b0;
							MW = 1'b1;
							RDst = 1'b0;
							ASrc = 2'b01;
							MTG = 2'bxx;
							PSrc = 1'b0;
							Jmp = 1'b0;
							Jr = 1'b0;
                     Jal = 1'b0;
							ALUop = 5'b00000;
							out = 1'b0;
							MO = 2'b00;
							writeInstruction = 1'b0;
							halt = 1'b0;
							hdFlag = 1'b0;
							setProcess = 2'b00;
 							changeSource = 1'b0;
							menuWrite = 1'b0;
							changePC = 1'b0;
							changeContext = 1'b0;
							bw = 1'b0; 
							BSrc = 2'b00;
							tw = 1'b0;
							tr = 1'b0;
							tb = 1'b0;
							rwc = 1'b0;
							MWC = 2'b01;
							uart_write = 1'b0;
						end
						
					6'b110011: // send
						begin

							RW = 1'b0;
							MW = 1'b0;
							RDst = 1'b0;
							ASrc = 2'b01;
							MTG = 2'b01;
							PSrc = 1'b0;
							Jmp = 1'b0;
							Jr = 1'b0;
                     Jal = 1'b0;
							ALUop = 5'b00000;
							out = 1'b0;
							MO = 2'b00;
							writeInstruction = 1'b0;
							halt = 1'b0;
							hdFlag = 1'b0;
							setProcess = 2'b00;
 							changeSource = 1'b0;
							menuWrite = 1'b0;
							changePC = 1'b0;
							changeContext = 1'b0;
							bw = 1'b0; 
							BSrc = 2'b00;
							tw = 1'b0;
							tr = 1'b0;
							tb = 1'b0;
							rwc = 1'b0;
							MWC = 2'b10;
							uart_write = 1'b1;
						end	
						
					6'b110100: // recv
						begin
							RW = 1'b1;
							MW = 1'b0;
							RDst = 1'b0;
							ASrc = 2'b01;
							MTG = 2'b00;
							PSrc = 1'b0;
							Jmp = 1'b0;
							Jr = 1'b0;
                     Jal = 1'b0;
							ALUop = 5'b00000;
							out = 1'b0;
							MO = 2'b10;
							writeInstruction = 1'b0;
							hdFlag = 1'b0;
							setProcess = 2'b00;
							changeSource = 1'b0;
 							if (uart_flag)
								halt = 1'b1;
							else
								halt = 1'b0;
							menuWrite = 1'b0;
							changePC = 1'b0;
							changeContext = 1'b0;
							bw = 1'b0; 
							BSrc = 2'b00;
							tw = 1'b0;
							tr = 1'b0;
							tb = 1'b0;
							rwc = 1'b0;
							MWC = 2'b10;
							uart_write = 1'b0;
						end
						
					default: 
						begin 
							RW = 1'b0;
							MW = 1'b0;
							RDst = 1'b0;
							ASrc = 2'b00;
							MTG = 2'b00;
							PSrc = 1'b0;
							Jmp = 1'b0;
							Jr = 1'b0;
							ALUop = 5'b00000;
							out = 1'b0;
							MO = 2'b00;
							Jal = 1'b0;
							writeInstruction = 1'b1;
							hdFlag = 1'b0;	
							halt = 1'b0;
							setProcess = 2'b00;
							changeSource = 1'b0;
							
							menuWrite = 1'b0;
							changePC = 1'b0;
							changeContext = 1'b0;
							bw = 1'b0;
							BSrc = 2'b00;
							tb = 1'b0;
							tr = 1'b0;
							tw = 1'b0;
							rwc = 1'b0;
							MWC = 2'b10;
						end
				endcase
			end
endmodule